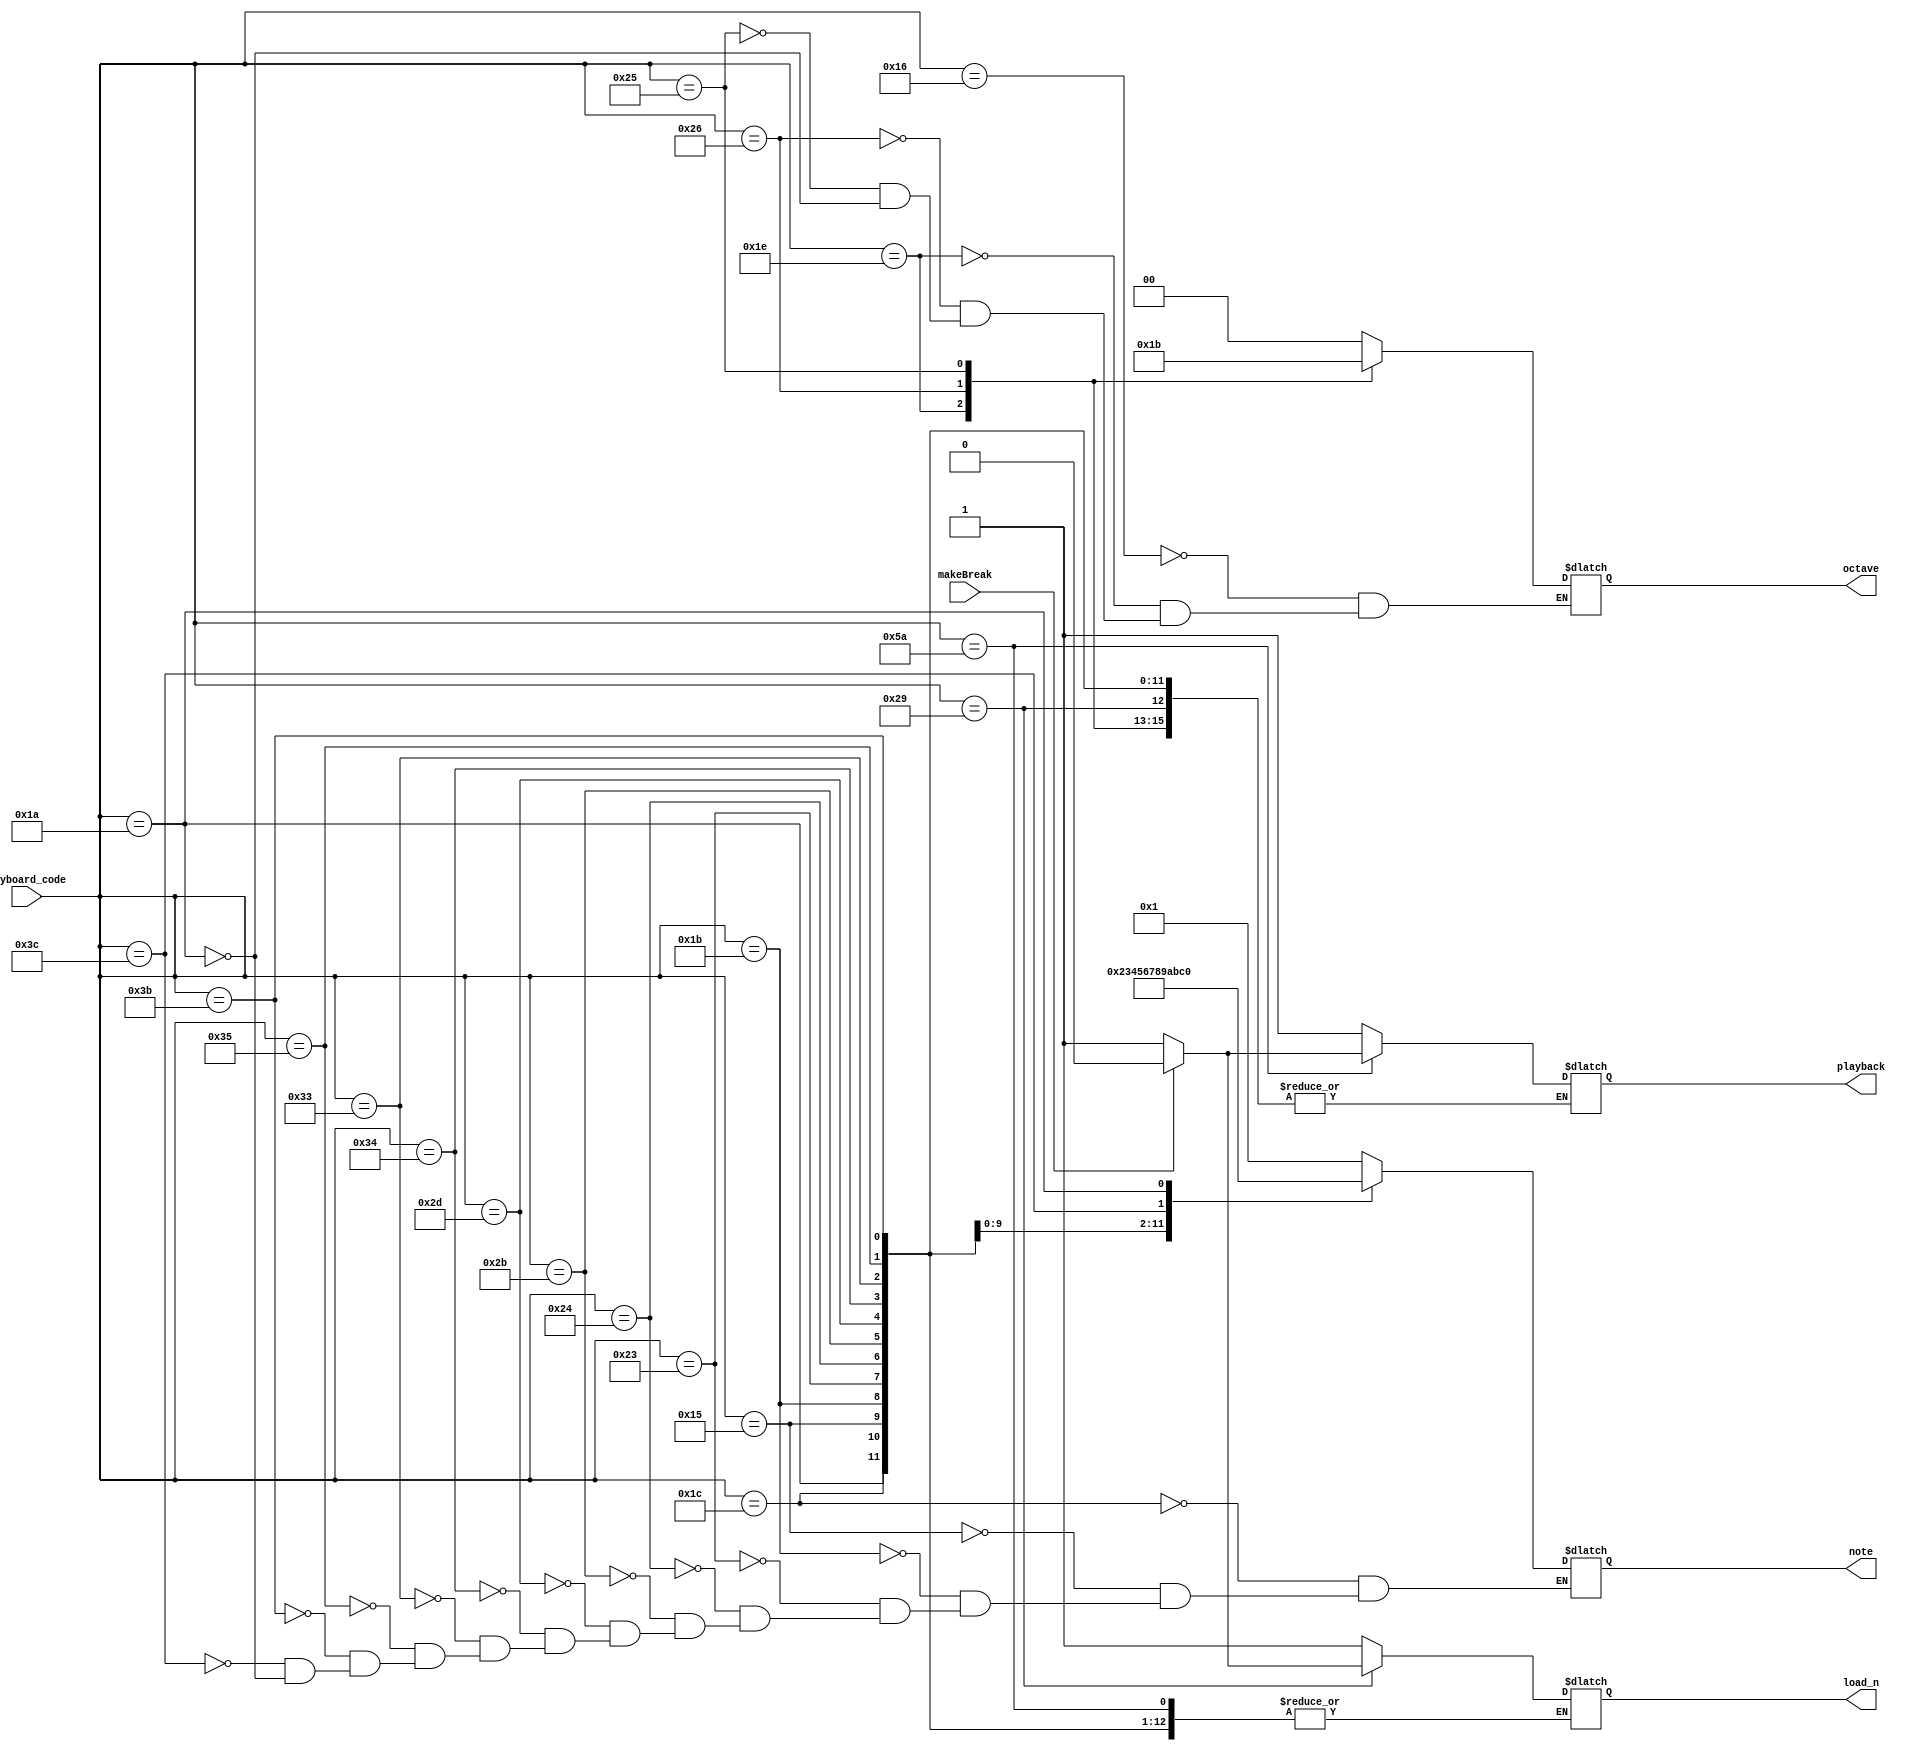
module convert_keyboard_input(keyboard_code, makeBreak, load_n, playback, note, octave);
	input [7:0] keyboard_code;
	input makeBreak;
	output reg load_n;
	output reg playback;
	output reg [3:0] note;
	output reg [1:0] octave;
	

	
	
	localparam K_A = 8'h1C, //A
				  K_AS = 8'h15, //Q
				  K_B = 8'h1B, //S
				  K_C = 8'h23, //D
				  K_CS = 8'h24, //W
				  K_D = 8'h2B, //F
				  K_DS = 8'h2D, //R
				  K_E = 8'h34, //G
				  K_F = 8'h33, //H
				  K_FS = 8'h35, //Y
				  K_G = 8'h3B, //J
				  K_GS = 8'h3C, //U
				  K_1 = 8'h16,
				  K_2 = 8'h1E,
				  K_3 = 8'h26,
				  K_4 = 8'h25,
				  K_SPACE = 8'h29,
				  K_ENTER = 8'h5A,
				  K_REST = 8'h1A, //Z
				  IGNORE = 8'hF0;
	
	// Convert key to input
	always@(*)
	begin
			case(keyboard_code)
				// A
				K_A : note = 1;
				
				// A#
				K_AS : note = 2;
				
				// B	
				K_B: note = 3;
				
				// C
				K_C : note = 4;	
				
				// C#
				K_CS : note = 5;
				
				// D
				K_D : note = 6;	
				
				// D#
				K_DS : note = 7;
				
				// E
				K_E : note = 8;
				
				// F
				K_F : note = 9;
				
				// F#
				K_FS : note = 10;
				
				// G
				K_G : note = 11;	
				
				// G#
				K_GS : note = 12;	
				
				//Octave 0
				K_1 : octave = 0;
				
				//Octave 1
				K_2 : octave = 1;
				
				//Octave 2
				K_3 : octave = 2;
				
				//Octave 3
				K_4 : octave = 3;
				
				//Playback
				K_ENTER : playback = makeBreak ? 0 : 1;
				
				//Load notes
				K_SPACE : load_n = makeBreak ? 0 : 1;
				
				K_REST : 
					begin
						note = 0; 
						octave = 0;
					end
				
				IGNORE :
					begin
						octave = octave;
						note = note;
						playback = 1;
						load_n = 1;
					end
					
				default : 
					begin
						octave = octave;
						note = note;
						playback = 1;
						load_n = 1;
					end
			endcase
			
	end
	
	

endmodule